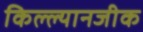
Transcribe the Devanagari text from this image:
किल्ल्यानजीक